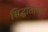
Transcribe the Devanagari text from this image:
सिद्धांतांच्या